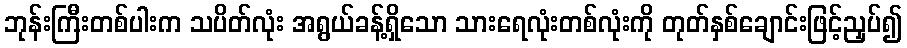
ဘုန်းကြီးတစ်ပါးက သပိတ်လုံး အရွယ်ခန့်ရှိသော သားရေလုံးတစ်လုံးကို တုတ်နှစ်ချောင်းဖြင့်ညှပ်၍